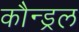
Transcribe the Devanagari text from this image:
कौन्ड्रल